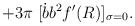
\begin{align*} + 3 \pi \; [ \dot{b} b^{2} f'(R)]_{\sigma = 0} .\end{align*}